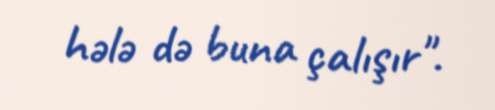
hələ də buna çalışır".